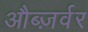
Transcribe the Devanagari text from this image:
औब्ज़र्वर